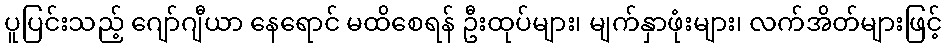
ပူပြင်းသည့် ဂျော်ဂျီယာ နေရောင် မထိစေရန် ဦးထုပ်များ၊ မျက်နှာဖုံးများ၊ လက်အိတ်များဖြင့်